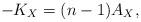
LaTeX: \begin{align*}- K_X = (n-1)A_X, \end{align*}